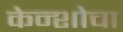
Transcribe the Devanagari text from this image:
केन्शोचा